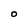
Character: O